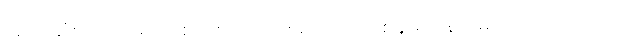
အရင်ဆုံး ခင်ဗျားရဲ့ တစ်လစာအသုံးစရိတ်ကို တစ်ခုမကျန် ချမှတ်ထားကြည့်ပါ။